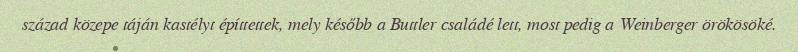
század közepe táján kastélyt építtettek, mely később a Buttler családé lett, most pedig a Weinberger örökösöké.